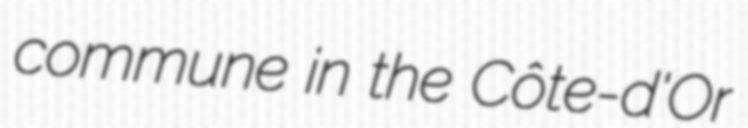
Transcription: commune in the Côte-d'Or